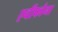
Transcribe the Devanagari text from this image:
एवीफौना